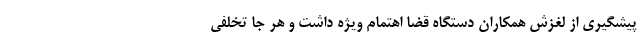
پیشگیری از لغزش همکاران دستگاه قضا اهتمام ویژه داشت و هر جا تخلفی